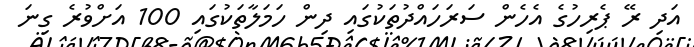
އަދި ރޭ ޕެރިހުގެ އެހެން ސަރަހައްދުތަކުގައި ދިން ހަމަލާތަކުގައި 100 އަށްވުރެ ގިނަ